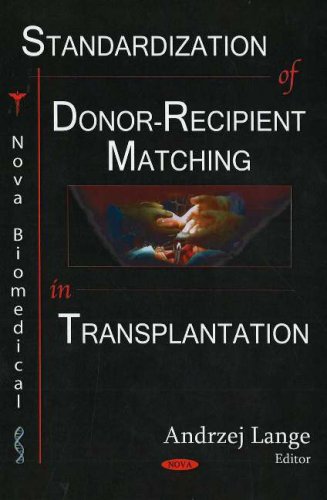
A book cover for Standardization of Donor-Recipient Matching in Transplantation (Nova Biomedical); Health, Fitness & Dieting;